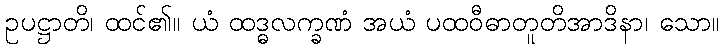
ဥပဋ္ဌာတိ၊ ထင်၏။ ယံ ထဒ္ဓလက္ခဏံ အယံ ပထဝီဓာတူတိအာဒိနာ၊ သော။